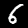
Digit: 6